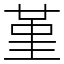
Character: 堇